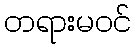
တရားမဝင်